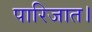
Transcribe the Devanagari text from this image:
पारिजात।